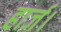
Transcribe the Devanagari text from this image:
हार्ज।